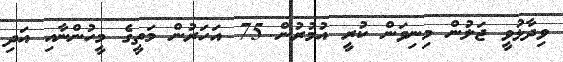
ވިދާޅުވީ ޖަލުން މިނިވަން ކުރީ އުމުރުން 75 އަހަރުން މަތީގެ މީހުންނާއި އަދި